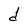
Character: d